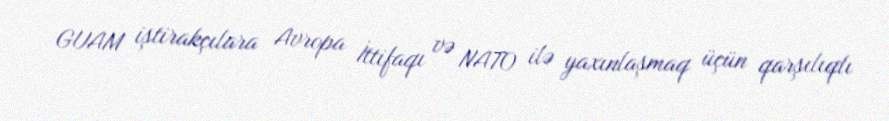
GUAM iştirakçılara Avropa İttifaqı və NATO ilə yaxınlaşmaq üçün qarşılıqlı